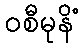
ဝစီမုနိံ